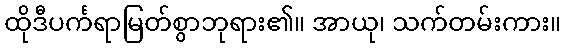
ထိုဒီပင်္ကရာမြတ်စွာဘုရား၏။ အာယု၊ သက်တမ်းကား။